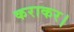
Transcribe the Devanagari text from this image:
कराकर।